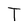
Character: T